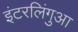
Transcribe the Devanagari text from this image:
इंटरलिंगुआ